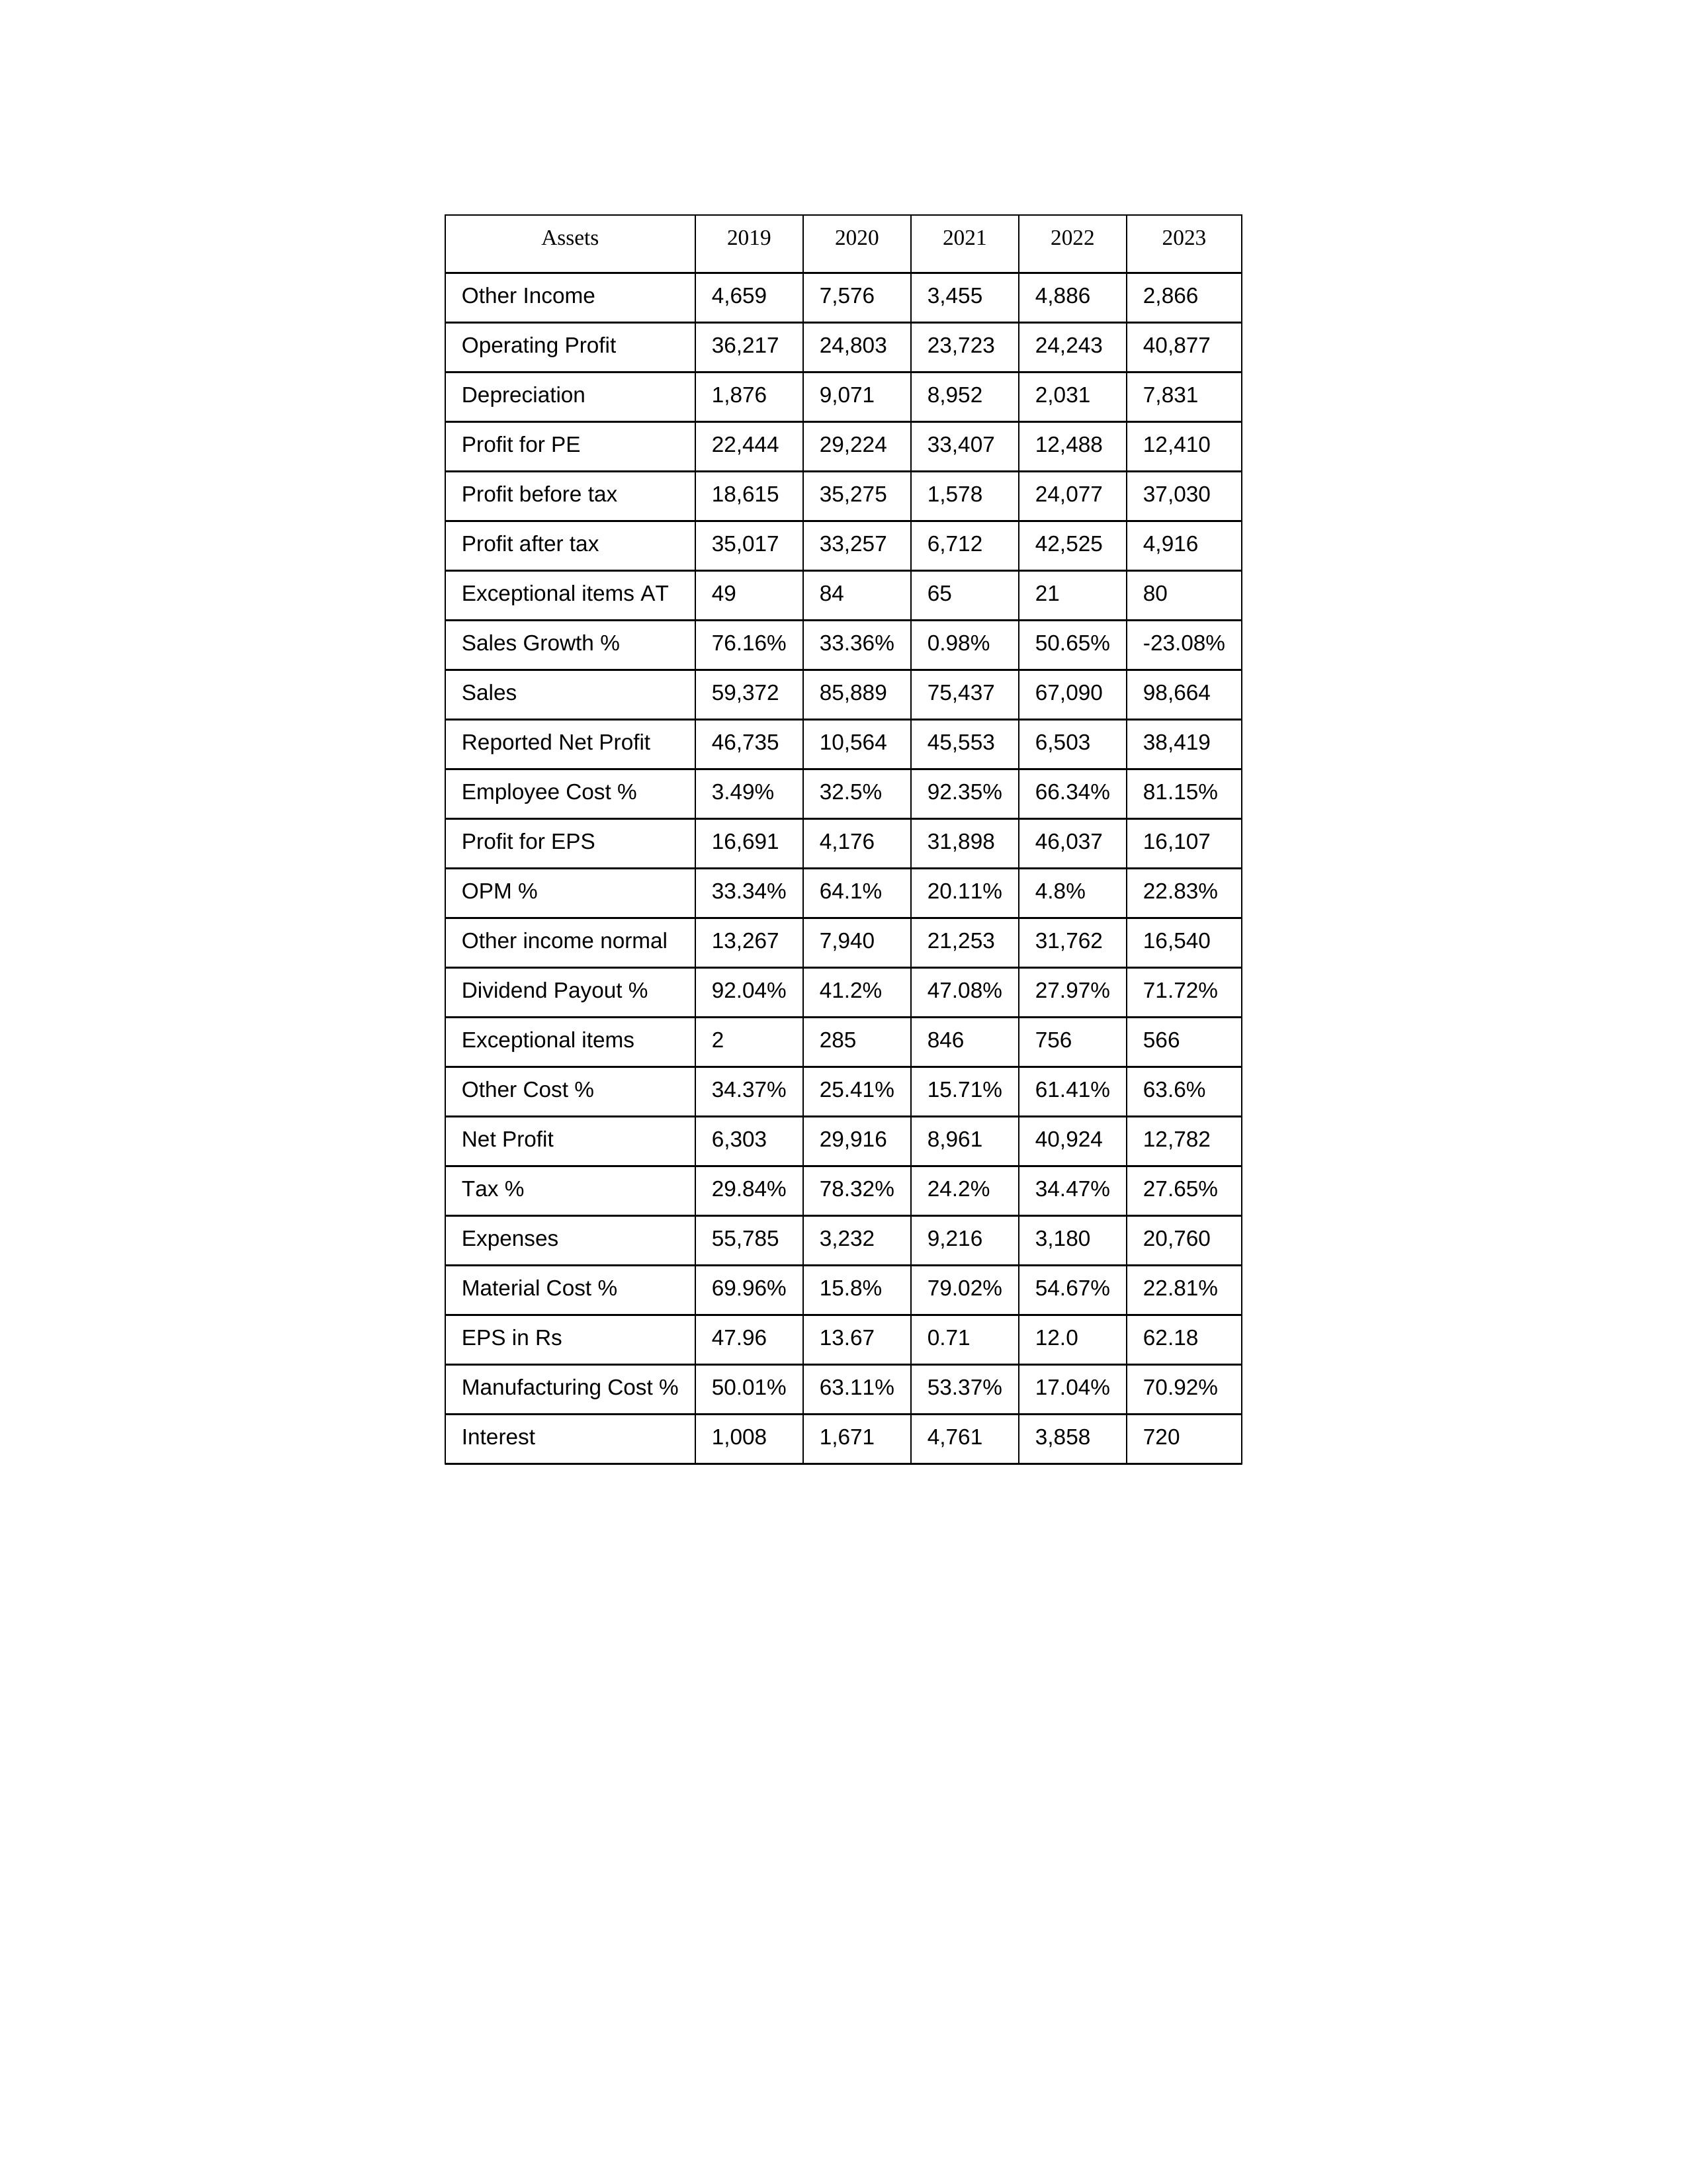
gt_parse: 2019: Sales: 59,372
Sales Growth %: 76.16%
Expenses: 55,785
Material Cost %: 69.96%
Manufacturing Cost %: 50.01%
Employee Cost %: 3.49%
Other Cost %: 34.37%
Operating Profit: 36,217
OPM %: 33.34%
Other Income: 4,659
Exceptional items: 2
Other income normal: 13,267
Interest: 1,008
Depreciation: 1,876
Profit before tax: 18,615
Tax %: 29.84%
Net Profit: 6,303
Profit after tax: 35,017
Reported Net Profit: 46,735
Profit for EPS: 16,691
Exceptional items AT: 49
Profit for PE: 22,444
EPS in Rs: 47.96
Dividend Payout %: 92.04%
2020: Sales: 85,889
Sales Growth %: 33.36%
Expenses: 3,232
Material Cost %: 15.8%
Manufacturing Cost %: 63.11%
Employee Cost %: 32.5%
Other Cost %: 25.41%
Operating Profit: 24,803
OPM %: 64.1%
Other Income: 7,576
Exceptional items: 285
Other income normal: 7,940
Interest: 1,671
Depreciation: 9,071
Profit before tax: 35,275
Tax %: 78.32%
Net Profit: 29,916
Profit after tax: 33,257
Reported Net Profit: 10,564
Profit for EPS: 4,176
Exceptional items AT: 84
Profit for PE: 29,224
EPS in Rs: 13.67
Dividend Payout %: 41.2%
2021: Sales: 75,437
Sales Growth %: 0.98%
Expenses: 9,216
Material Cost %: 79.02%
Manufacturing Cost %: 53.37%
Employee Cost %: 92.35%
Other Cost %: 15.71%
Operating Profit: 23,723
OPM %: 20.11%
Other Income: 3,455
Exceptional items: 846
Other income normal: 21,253
Interest: 4,761
Depreciation: 8,952
Profit before tax: 1,578
Tax %: 24.2%
Net Profit: 8,961
Profit after tax: 6,712
Reported Net Profit: 45,553
Profit for EPS: 31,898
Exceptional items AT: 65
Profit for PE: 33,407
EPS in Rs: 0.71
Dividend Payout %: 47.08%
2022: Sales: 67,090
Sales Growth %: 50.65%
Expenses: 3,180
Material Cost %: 54.67%
Manufacturing Cost %: 17.04%
Employee Cost %: 66.34%
Other Cost %: 61.41%
Operating Profit: 24,243
OPM %: 4.8%
Other Income: 4,886
Exceptional items: 756
Other income normal: 31,762
Interest: 3,858
Depreciation: 2,031
Profit before tax: 24,077
Tax %: 34.47%
Net Profit: 40,924
Profit after tax: 42,525
Reported Net Profit: 6,503
Profit for EPS: 46,037
Exceptional items AT: 21
Profit for PE: 12,488
EPS in Rs: 12
Dividend Payout %: 27.97%
2023: Sales: 98,664
Sales Growth %: -23.08%
Expenses: 20,760
Material Cost %: 22.81%
Manufacturing Cost %: 70.92%
Employee Cost %: 81.15%
Other Cost %: 63.6%
Operating Profit: 40,877
OPM %: 22.83%
Other Income: 2,866
Exceptional items: 566
Other income normal: 16,540
Interest: 720
Depreciation: 7,831
Profit before tax: 37,030
Tax %: 27.65%
Net Profit: 12,782
Profit after tax: 4,916
Reported Net Profit: 38,419
Profit for EPS: 16,107
Exceptional items AT: 80
Profit for PE: 12,410
EPS in Rs: 62.18
Dividend Payout %: 71.72%